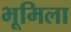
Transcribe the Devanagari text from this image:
भूमिला